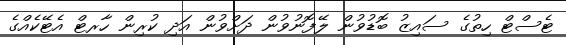
ޓެސްޓް ހިތުގެ ސައިޒު ބޮޑުވުން ލޭފޮނުވުން ދަށްވުން އަދި ކުރިން ހާރޓް އެޓޭކެއްގެ